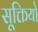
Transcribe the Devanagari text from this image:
सूक्तियो